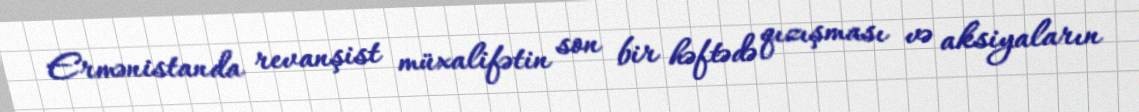
Ermənistanda revanşist müxalifətin son bir həftədə qızışması və aksiyaların